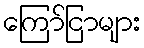
ကြော်ငြာများ